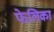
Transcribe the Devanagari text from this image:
फेलिका